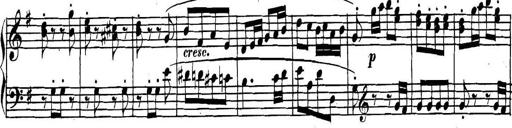
Title: Collected Piano Sonatas
Composer: Muzio Clementi